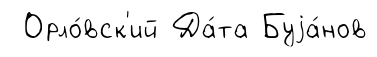
Орло́вск'ий Да́та Буjа́нов